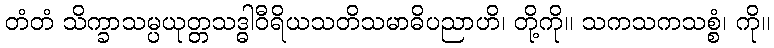
တံတံ သိက္ခာသမ္ပယုတ္တသဒ္ဓါဝီရိယသတိသမာဓိပညာဟိ၊ တို့ကို။ သကသကသစ္စံ၊ ကို။